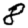
Digit: 8